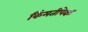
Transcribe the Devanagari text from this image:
किंमतीपेक्षा